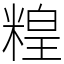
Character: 䊗